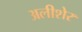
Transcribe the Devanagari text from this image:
अलीशेर